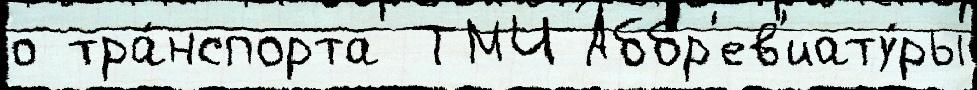
о тра́нспорта ТМЧ Аббр'ев'иату́ры